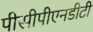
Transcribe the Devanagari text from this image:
पीसीपीएनडीटी